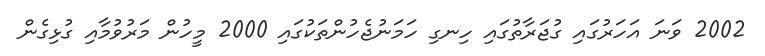
2002 ވަނަ އަހަރުގައި ގުޖަރާތުގައި ހިނގި ހަމަނުޖެހުންތަކުގައި 2000 މީހުން މަރުވުމާއި ގުޅިގެން